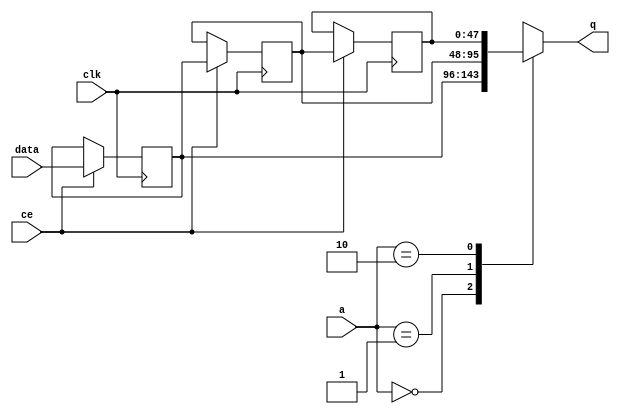
// This program was cloned from: https://github.com/mustafabbas/ECE1373_2016_hft_on_fpga
// License: MIT License

// ==============================================================
// File generated by Vivado(TM) HLS - High-Level Synthesis from C, C++ and SystemC
// Version: 2015.1
// Copyright (C) 2015 Xilinx Inc. All rights reserved.
// 
// ==============================================================


`timescale 1 ns / 1 ps

module FIFO_toe_rxSar2rxEng_upd_rsp_V_shiftReg (
    clk,
    data,
    ce,
    a,
    q);

parameter DATA_WIDTH = 32'd48;
parameter ADDR_WIDTH = 32'd2;
parameter DEPTH = 32'd3;

input clk;
input [DATA_WIDTH-1:0] data;
input ce;
input [ADDR_WIDTH-1:0] a;
output [DATA_WIDTH-1:0] q;

reg[DATA_WIDTH-1:0] SRL_SIG [0:DEPTH-1];
integer i;

always @ (posedge clk)
    begin
        if (ce)
        begin
            for (i=0;i<DEPTH-1;i=i+1)
                SRL_SIG[i+1] <= SRL_SIG[i];
            SRL_SIG[0] <= data;
        end
    end

assign q = SRL_SIG[a];

endmodule

module FIFO_toe_rxSar2rxEng_upd_rsp_V (
    clk,
    reset,
    if_empty_n,
    if_read_ce,
    if_read,
    if_dout,
    if_full_n,
    if_write_ce,
    if_write,
    if_din);

parameter MEM_STYLE = "shiftreg";
parameter DATA_WIDTH = 32'd48;
parameter ADDR_WIDTH = 32'd2;
parameter DEPTH = 32'd3;

input clk;
input reset;
output if_empty_n;
input if_read_ce;
input if_read;
output[DATA_WIDTH - 1:0] if_dout;
output if_full_n;
input if_write_ce;
input if_write;
input[DATA_WIDTH - 1:0] if_din;

wire[ADDR_WIDTH - 1:0] shiftReg_addr ;
wire[DATA_WIDTH - 1:0] shiftReg_data, shiftReg_q;
reg[ADDR_WIDTH:0] mOutPtr = {(ADDR_WIDTH+1){1'b1}};
reg internal_empty_n = 0, internal_full_n = 1;

assign if_empty_n = internal_empty_n;
assign if_full_n = internal_full_n;
assign shiftReg_data = if_din;
assign if_dout = shiftReg_q;

always @ (posedge clk) begin
    if (reset == 1'b1)
    begin
        mOutPtr <= ~{ADDR_WIDTH+1{1'b0}};
        internal_empty_n <= 1'b0;
        internal_full_n <= 1'b1;
    end
    else begin
        if (((if_read & if_read_ce) == 1 & internal_empty_n == 1) && 
            ((if_write & if_write_ce) == 0 | internal_full_n == 0))
        begin
            mOutPtr <= mOutPtr -1;
            if (mOutPtr == 0)
                internal_empty_n <= 1'b0;
            internal_full_n <= 1'b1;
        end 
        else if (((if_read & if_read_ce) == 0 | internal_empty_n == 0) && 
            ((if_write & if_write_ce) == 1 & internal_full_n == 1))
        begin
            mOutPtr <= mOutPtr +1;
            internal_empty_n <= 1'b1;
            if (mOutPtr == DEPTH-2)
                internal_full_n <= 1'b0;
        end 
    end
end

assign shiftReg_addr = mOutPtr[ADDR_WIDTH] == 1'b0 ? mOutPtr[ADDR_WIDTH-1:0]:{ADDR_WIDTH{1'b0}};
assign shiftReg_ce = (if_write & if_write_ce) & internal_full_n;

FIFO_toe_rxSar2rxEng_upd_rsp_V_shiftReg 
#(
    .DATA_WIDTH(DATA_WIDTH),
    .ADDR_WIDTH(ADDR_WIDTH),
    .DEPTH(DEPTH))
U_FIFO_toe_rxSar2rxEng_upd_rsp_V_ram (
    .clk(clk),
    .data(shiftReg_data),
    .ce(shiftReg_ce),
    .a(shiftReg_addr),
    .q(shiftReg_q));

endmodule